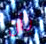
بأن